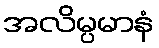
အလိမ္ပမာနံ